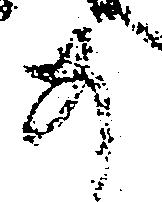
如